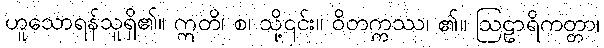
ဟူသောရန်သူရှိ၏။ ဣတိ၊ စ၊ သို့၎င်း။ ဝိတက္ကဿ၊ ၏။ ဩဠာရိကတ္တာ၊